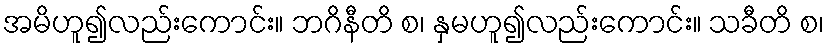
အမိဟူ၍လည်းကောင်း။ ဘဂိနီတိ စ၊ နှမဟူ၍လည်းကောင်း။ သခီတိ စ၊